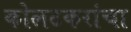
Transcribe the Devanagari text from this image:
कोलटकरांचा